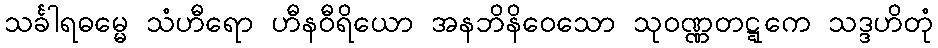
သင်္ခါရဓမ္မေ သံဟီရော ဟီနဝီရိယော အနဘိနိဝေသော သုဝဏ္ဏတဋ္ဋကေ သဒ္ဒဟိတုံ